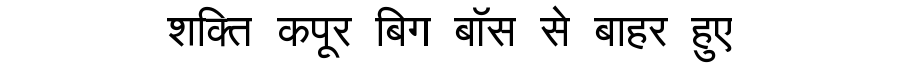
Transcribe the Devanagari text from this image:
शक्ति कपूर बिग बॉस से बाहर हुए